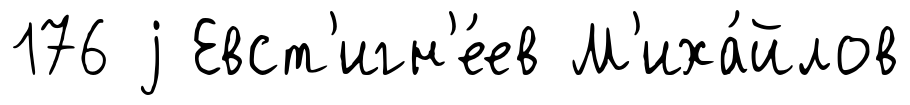
176 j Евст'игн'е́ев М'иха́йлов